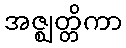
အဇ္ဈတ္တိကာ